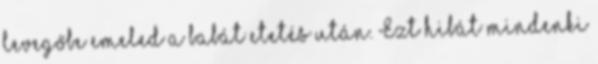
levegőbe emeled a babát etetés után. Ezt hibát mindenki